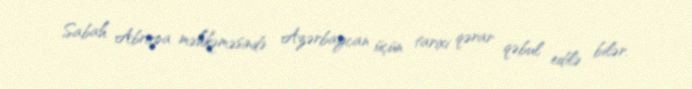
Sabah Abropa məhkəməsində Azərbaycan üçün tarixi qərar qəbul edilə bilər.